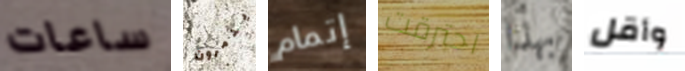
ساعات يدمرون إتمام احترقت بهذا وأقل